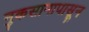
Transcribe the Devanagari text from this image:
नुकसानापासून